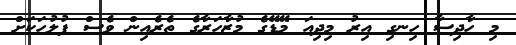
މި ހާދިސާ ހިނގި އިރު މިދިއަ މޭޑޭގެ މުޒާހަރާގެ ތެރެއިން ވެސް ފުލުހަކަށް